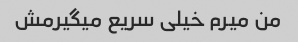
من میرم خیلی سریع میگیرمش